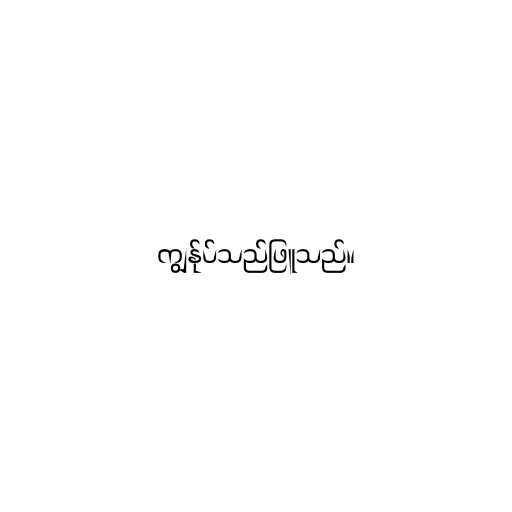
ကျွန်ုပ်သည်ဖြူသည်။